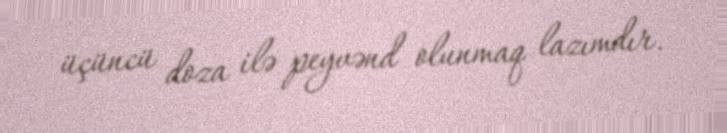
üçüncü doza ilə peyvənd olunmaq lazımdır.